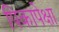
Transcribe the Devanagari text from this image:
पिकापेक्षा